Civil Veterinary Dept. Assam report 1927-50 - 1927-1950
Year: 1927
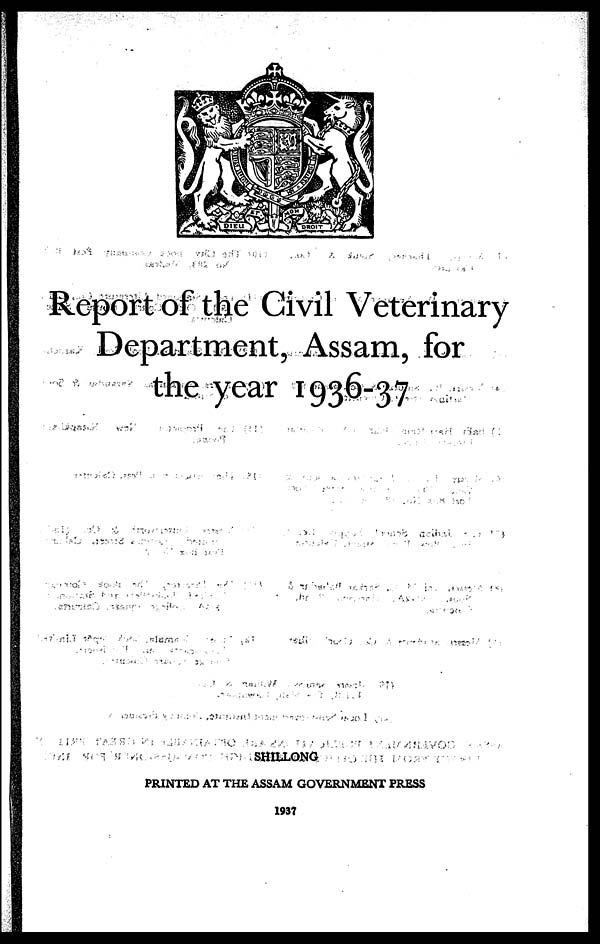
Report of the Civil Veterinary
Department, Assam, for
the year 1936-37
SHILLONG
PRINTED AT THE ASSAM GOVERNMENT PRESS
1937